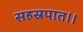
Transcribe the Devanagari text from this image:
सहस्रपात।।